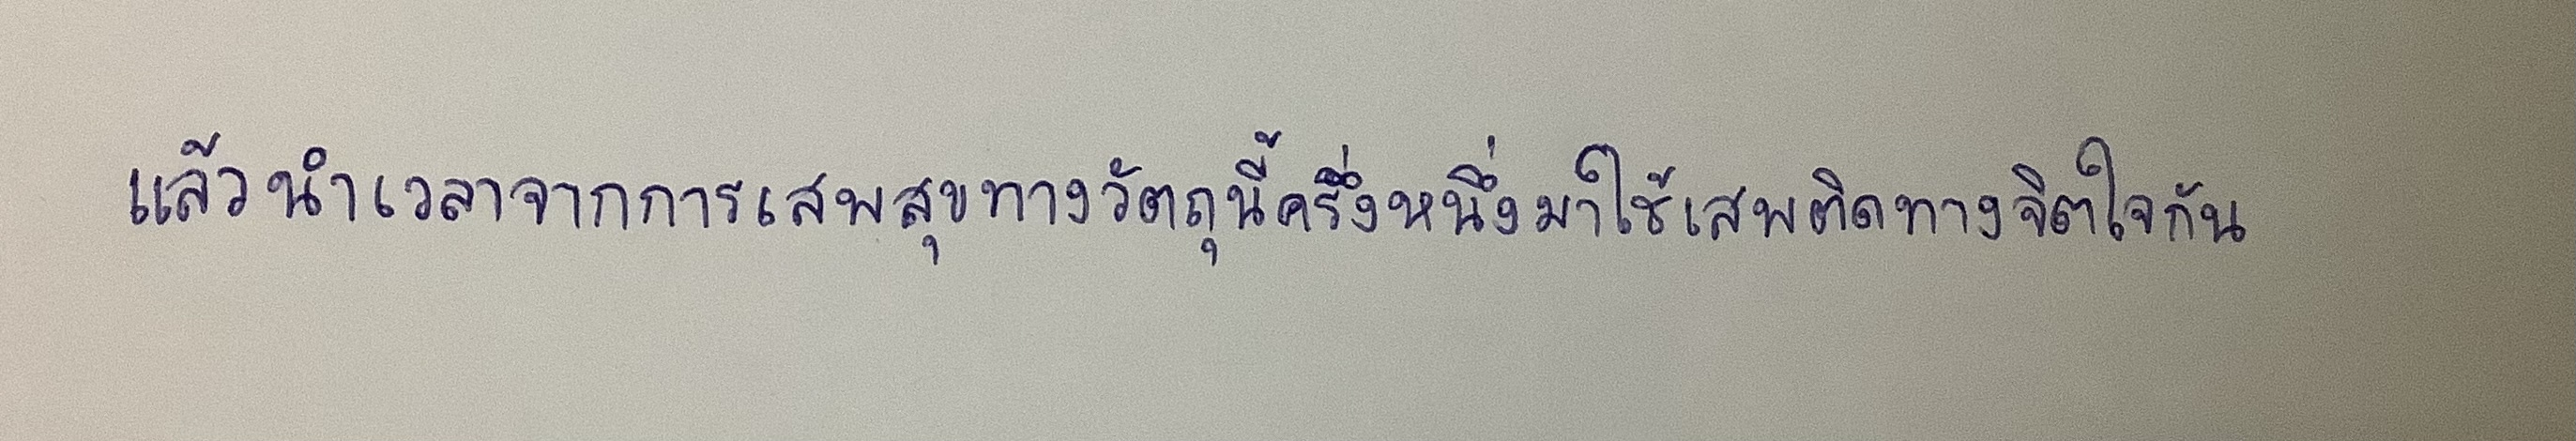
แล้วนำเวลาจากการเสพสุขทางวัตถุนี้ครึ่งหนึ่งมาใช้เสพติดทางจิตใจกัน